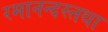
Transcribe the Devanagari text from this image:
रमानन्दस्तथा